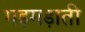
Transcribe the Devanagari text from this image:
गड़गड़ाती